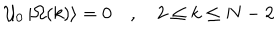
LaTeX: { \cal U } _ { 0 } \left| \Omega ( k ) \right\rangle = 0 \quad , \quad 2 \leq k \leq N - 2